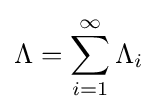
\Lambda =\sum \limits _{i=1}^{\infty }\Lambda _{i}